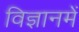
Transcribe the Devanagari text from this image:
विज्ञानमें